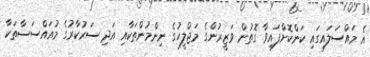
އެ މައްސަލައިގައި ކަންކޮށްފައިވާ ގޮތުން ވަޒީރުންގެ މަޖްލީހުގެ ނިންމުންތަކާއި އަދި ސަރުކާރުގެ މުއައްސަސާތަކާ